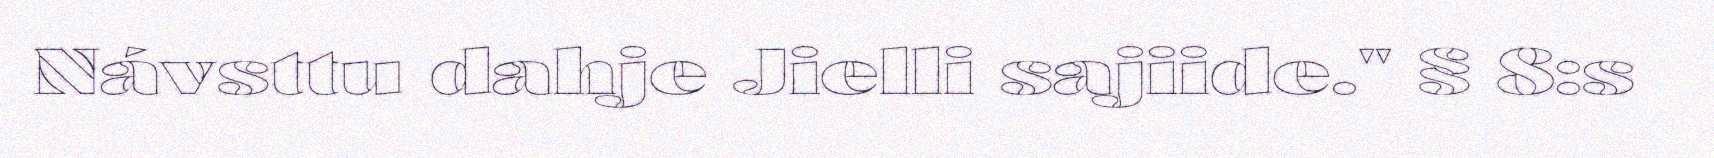
Návsttu dahje Jielli sajiide." § 8:s